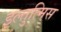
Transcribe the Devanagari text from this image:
इल्तुत्मिस